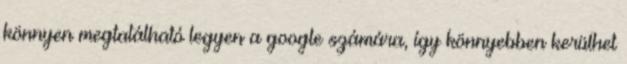
könnyen megtalálható legyen a google számára, így könnyebben kerülhet